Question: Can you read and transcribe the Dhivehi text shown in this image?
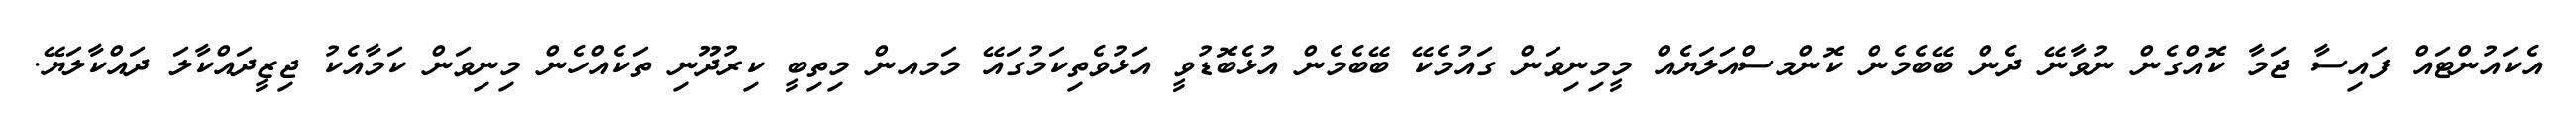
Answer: އެކައުންޓައް ފައިސާ ޖަމާ ކޮއްގެން ނުވާނޭ ދެން ބޭބެމެން ކޮންމސްއަލަޔެއް މީމިނިވަން ގައުމެކޭ ބޭބެމެން އުޅެބޮޑުވީ އަޅުވެތިކަމުގައޭ މަމއން މިތިބީ ކިރުދޫނި ތަކެއްހެން މިނިވަން ކަމާއެކު ޖިޒީދައްކާލަ ދައްކާލަޔޭ.